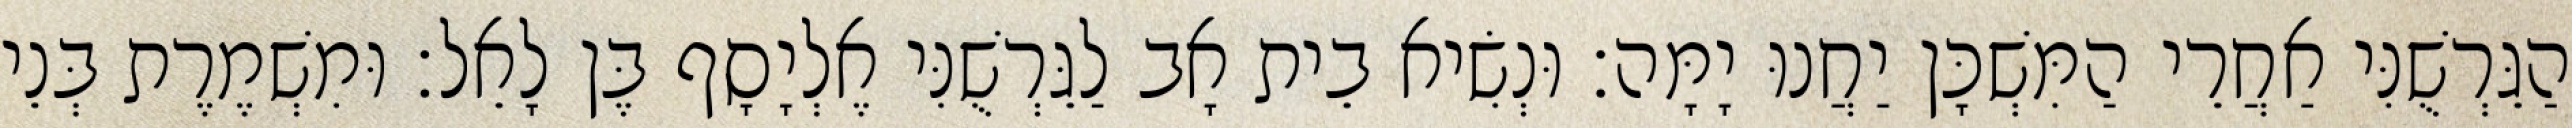
הַגֵּרְשֻׁנִּי אַחֲרֵי הַמִּשְׁכָּן יַחֲנוּ יָמָּה׃ וּנְשִׂיא בֵית אָב לַגֵּרְשֻׁנִּי אֶלְיָסָף בֶּן לָאֵל׃ וּמִשְׁמֶרֶת בְּנֵי